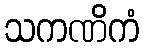
သကဏိကံ